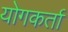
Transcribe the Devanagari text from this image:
योगकर्ता